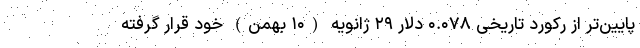
پایین‌تر از رکورد تاریخی ۰.۰۷۸ دلار ۲۹ ژانویه (۱۰ بهمن) خود قرار گرفته